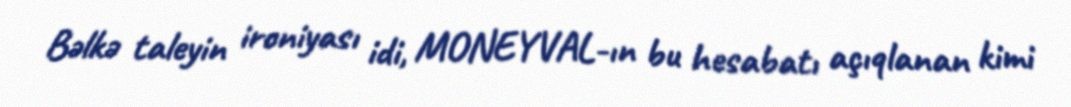
Bəlkə taleyin ironiyası idi, MONEYVAL-ın bu hesabatı açıqlanan kimi